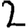
Digit: 2